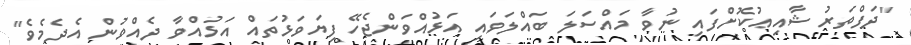
"ދަފްތަރު ޝާއިޢުކޮށްފައި ނުވާ މައްސަލަ ބައްލަވައި އަޅުއްވަންޖެހޭ ފިޔަވަޅުތައް އަޅުއްވާ ދެއްވުން އެދެމެވެ"